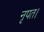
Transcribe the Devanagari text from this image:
नृपत।